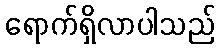
ရောက်ရှိလာပါသည်